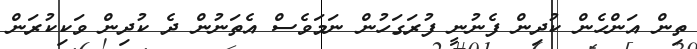
ތިން އަންހެން ކުދިން ފެނުނީ ފުރަގަހުން ނަމަވެސް އެތަނުން ދެ ކުދިން ވަކިކުރަން